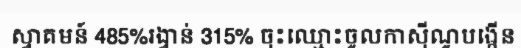
ស្វាគមន៍ 485%រង្វាន់ 315% ចុះឈ្មោះចូលកាស៊ីណូបង្កើន